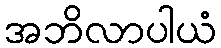
အဘိလာပါယံ